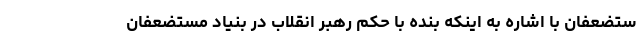
ستضعفان با اشاره به اینکه بنده با حکم رهبر انقلاب در بنیاد مستضعفان